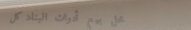
محل بيع أدوات البناء: كل